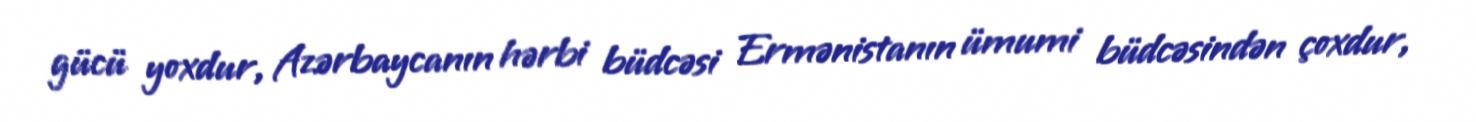
gücü yoxdur, Azərbaycanın hərbi büdcəsi Ermənistanın ümumi büdcəsindən çoxdur,